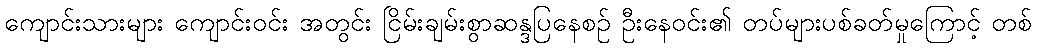
ကျောင်းသားများ ကျောင်းဝင်း အတွင်း ငြိမ်းချမ်းစွာဆန္ဒပြနေစဉ် ဦးနေဝင်း၏ တပ်များပစ်ခတ်မှုကြောင့် တစ်